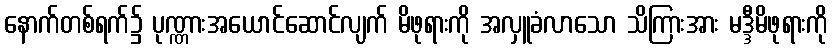
နောက်တစ်ရက်၌ ပုဏ္ဏားအယောင်ဆောင်လျက် မိဖုရားကို အလှူခံလာသော သိကြားအား မဒ္ဒီမိဖုရားကို